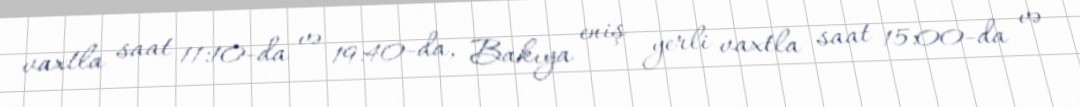
vaxtla saat 11:10-da və 19:40-da, Bakıya eniş yerli vaxtla saat 15:00-da və